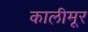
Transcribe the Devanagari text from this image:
कालीमूर